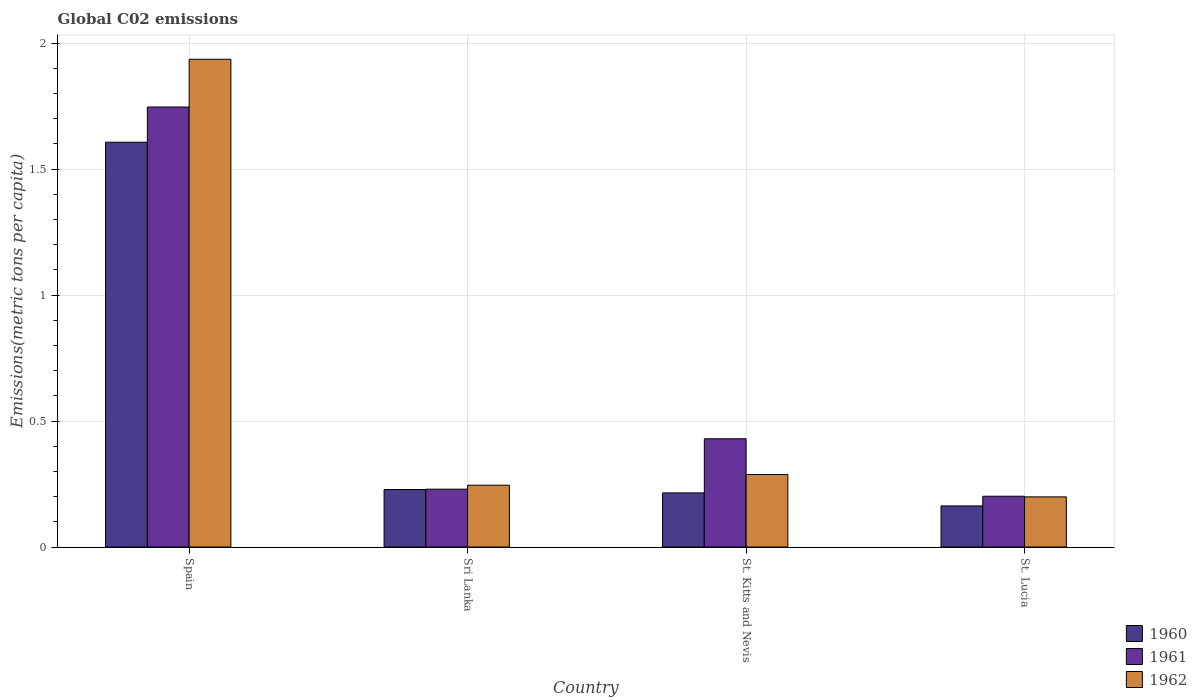
| Country | 1960 | 1961 | 1962 |
 | --- | --- | --- | --- |
 | Spain | 1.61 | 1.75 | 1.94 |
 | Sri Lanka | 0.228 | 0.23 | 0.245 |
 | St. Kitts and Nevis | 0.215 | 0.43 | 0.288 |
 | St. Lucia | 0.163 | 0.202 | 0.199 |